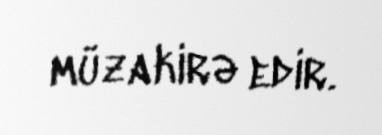
müzakirə edir.